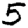
Digit: 5